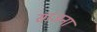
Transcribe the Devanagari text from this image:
सांजना